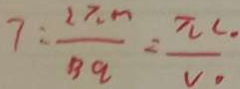
7 = \frac { 2 \pi m } { B q } = \frac { \pi C _ { 0 } } { V _ { 0 } }